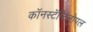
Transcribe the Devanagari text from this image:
काॅनस्टॅन्टिनोपल